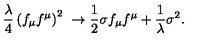
\frac { \lambda } 4 \left( f _ { \mu } f ^ { \mu } \right) ^ { 2 } \ \to \frac 1 2 { \sigma } f _ { \mu } f ^ { \mu } + \frac 1 { \lambda } \sigma ^ { 2 } .